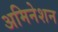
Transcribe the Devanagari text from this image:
अमिनेशन